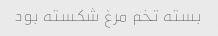
بسته تخم مرغ شکسته بود